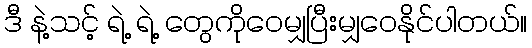
ဒီ နဲ့သင့် ရဲ့ ရဲ့ တွေကိုဝေမျှပြီးမျှဝေနိုင်ပါတယ်။